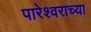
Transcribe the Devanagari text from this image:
पारेश्वराच्या